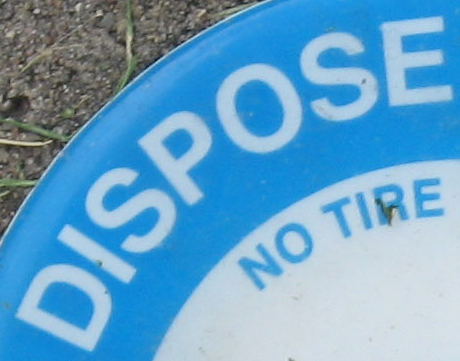
DISPOSE